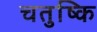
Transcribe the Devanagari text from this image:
चतुष्कि